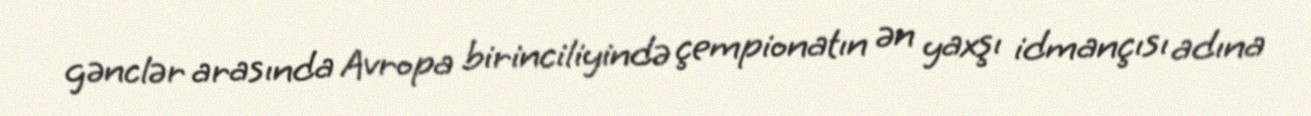
gənclər arasında Avropa birinciliyində çempionatın ən yaxşı idmançısı adına